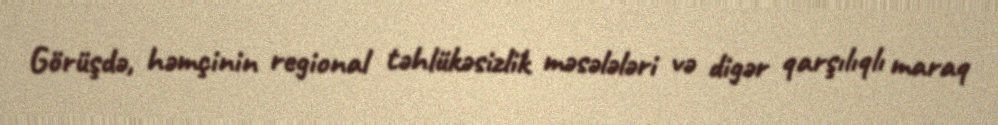
Görüşdə, həmçinin regional təhlükəsizlik məsələləri və digər qarşılıqlı maraq